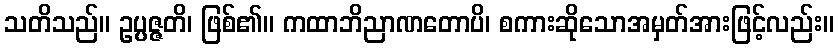
သတိသည်။ ဥပ္ပဇ္ဇတိ၊ ဖြစ်၏။ ကထာဘိညာဏတောပိ၊ စကားဆိုသောအမှတ်အားဖြင့်လည်း။